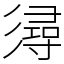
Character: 𢒫